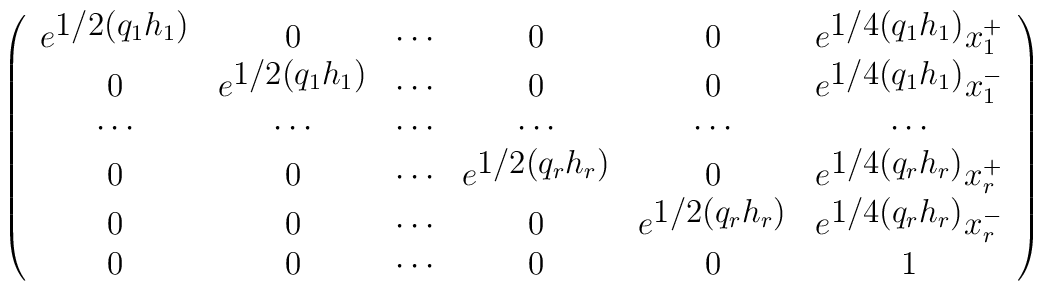
\left(\begin{array}{cccccc}e^{\textstyle 1/2(q_1 h_1)} & 0 & \cdots & 0& 0 & e^{\textstyle 1/4(q_1 h_1)}x_1^+ \\0 & e^{\textstyle 1/2(q_1 h_1)} & \cdots & 0& 0 & e^{\textstyle 1/4(q_1 h_1)}x_1^- \\\cdots & \cdots & \cdots & \cdots& \cdots & \cdots \\ 0 & 0 & \cdots& e^{\textstyle 1/2(q_r h_r)} & 0 &e^{\textstyle 1/4(q_r h_r)}x_r^+ \\ 0 & 0 & \cdots  & 0& e^{\textstyle 1/2(q_r h_r)} & e^{\textstyle 1/4(q_r h_r)}x_r^- \\ 0 & 0& \cdots  & 0 & 0 &        1\end{array} \right)